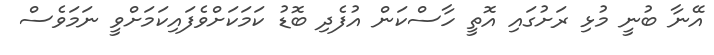
އޭނާ ބުނީ މުޅި ރަށުގައި އޮތީ ހާސްކަން އުފެދި ބޮޑު ކަމަކަށްވެފައިކަމަށްވީ ނަމަވެސް